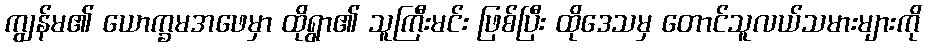
ကျွန်မ၏ ယောက္ခမအဖေမှာ ထိုရွာ၏ သူကြီးမင်း ဖြစ်ပြီး ထိုဒေသမှ တောင်သူလယ်သမားများကို